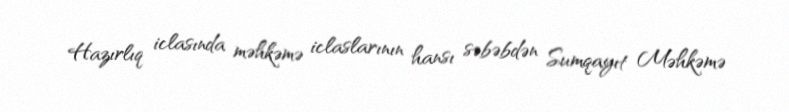
Hazırlıq iclasında məhkəmə iclaslarının hansı səbəbdən Sumqayıt Məhkəmə